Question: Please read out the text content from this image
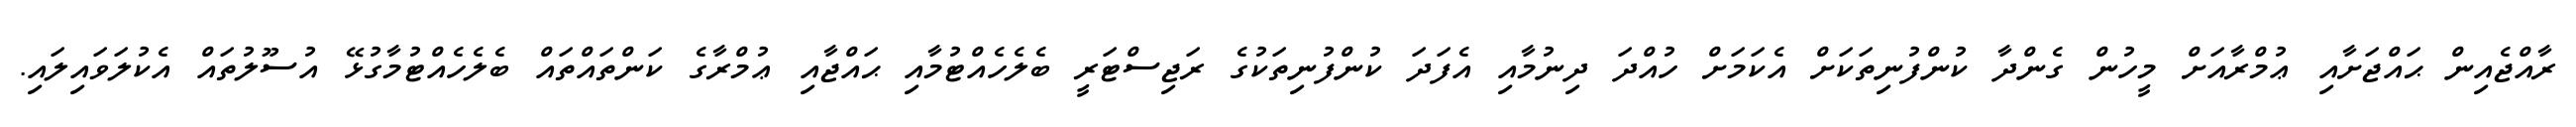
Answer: ރާއްޖެއިން ޙައްޖަށާއި ޢުމްރާއަށް މީހުން ގެންދާ ކުންފުނިތަކަށް އެކަމަށް ހުއްދަ ދިނުމާއި އެފަދަ ކުންފުނިތަކުގެ ރަޖިސްޓަރީ ބެލެހެއްޓުމާއި ޙައްޖާއި ޢުމްރާގެ ކަންތައްތައް ބެލެހެއްޓުމާގުޅޭ އުސޫލުތައް އެކުލަވައިލައި.